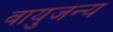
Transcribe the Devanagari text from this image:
वायुजन्य